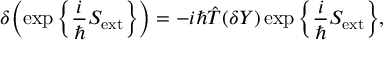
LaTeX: \delta \bigg ( \! \exp \bigg \{ \frac { i } { \hbar } S _ { \mathrm { e x t } } \bigg \} \bigg ) = - i \hbar \hat { T } ( \delta Y ) \exp \bigg \{ \frac { i } { \hbar } S _ { \mathrm { e x t } } \bigg \} ,